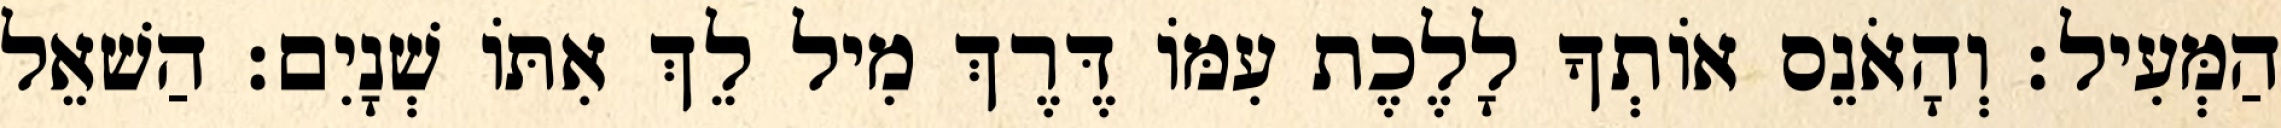
הַמְּעִיל׃ וְהָאֹנֵס אוֹתְךָ לָלֶכֶת עִמּוֹ דֶּרֶךְ מִיל לֵךְ אִתּוֹ שְׁנָיִם׃ הַשׁאֵל